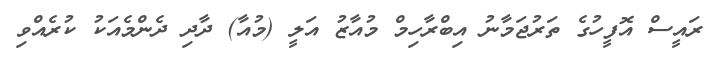
ރައީސް އޮފީހުގެ ތަރުޖަމާނު އިބްރާހިމް މުއާޒު އަލީ (މުއާ) ދާދި ދެންމެއަކު ކުރެއްވި